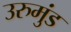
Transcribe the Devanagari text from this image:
उरुमुंड